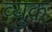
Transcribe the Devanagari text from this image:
व्युक